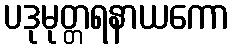
ပဒုမုတ္တရနာယကော